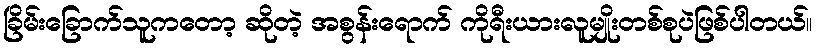
ခြိမ်းခြောက်သူကတော့ ဆိုတဲ့ အစွန်းရောက် ကိုရီးယားလူမျိုးတစ်စုပဲဖြစ်ပါတယ်။